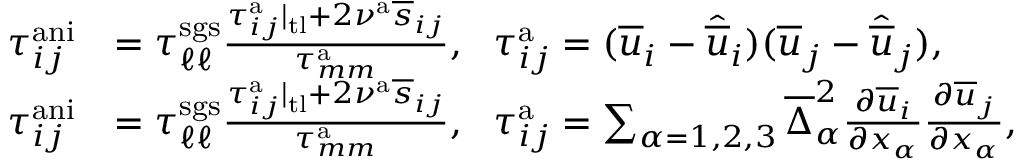
\begin{array} { r l } { \tau _ { i j } ^ { \mathrm { a n i } } } & { = \tau _ { \ell \ell } ^ { \mathrm { s g s } } \frac { \tau _ { i j } ^ { \mathrm { a } } | _ { \mathrm { t l } } + 2 \nu ^ { \mathrm { a } } \overline { { s } } _ { i j } } { \tau _ { m m } ^ { \mathrm { a } } } , \ \ \tau _ { i j } ^ { \mathrm { a } } = ( \overline { { u } } _ { i } - \widehat { \overline { { u } } } _ { i } ) ( \overline { { u } } _ { j } - \widehat { \overline { { u } } } _ { j } ) , } \\ { \tau _ { i j } ^ { \mathrm { a n i } } } & { = \tau _ { \ell \ell } ^ { \mathrm { s g s } } \frac { \tau _ { i j } ^ { \mathrm { a } } | _ { \mathrm { t l } } + 2 \nu ^ { \mathrm { a } } \overline { { s } } _ { i j } } { \tau _ { m m } ^ { \mathrm { a } } } , \ \ \tau _ { i j } ^ { \mathrm { a } } = \sum _ { \alpha = 1 , 2 , 3 } \overline { { \Delta } } _ { \alpha } ^ { 2 } \frac { \partial \overline { { u } } _ { i } } { \partial x _ { \alpha } } \frac { \partial \overline { { u } } _ { j } } { \partial x _ { \alpha } } , } \end{array}